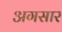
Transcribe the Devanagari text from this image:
अगसार